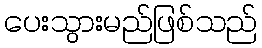
ပေးသွားမည်ဖြစ်သည်